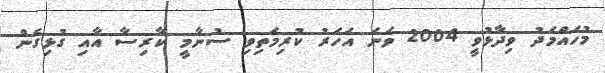
މުހައްމަދު ވިދާޅުވީ 2004 ވަނަ އަހަރު ކުރިމަތިވި ސުނާމީ ކާރިސާ އާއި ގުޅިގެން